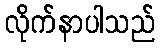
လိုက်နာပါသည်